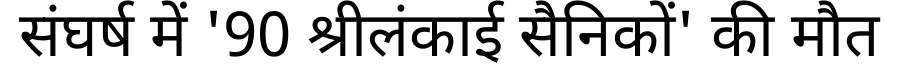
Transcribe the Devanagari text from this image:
संघर्ष में '90 श्रीलंकाई सैनिकों' की मौत